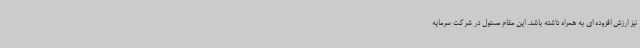
نیز ارزش افزوده ای به همراه داشته باشد. این مقام مسئول در شرکت سرمایه